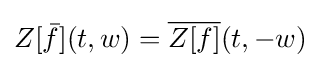
Z[{\bar {f}}](t,w)={\overline {Z[f]}}(t,-w)